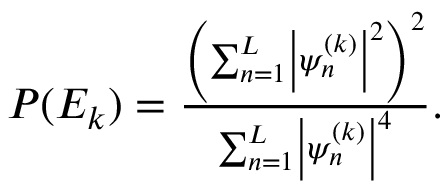
\begin{array} { r } { P ( E _ { k } ) = \frac { \left( \sum _ { n = 1 } ^ { L } \left| \psi _ { n } ^ { ( k ) } \right| ^ { 2 } \right) ^ { 2 } } { \sum _ { n = 1 } ^ { L } \left| \psi _ { n } ^ { ( k ) } \right| ^ { 4 } } . } \end{array}